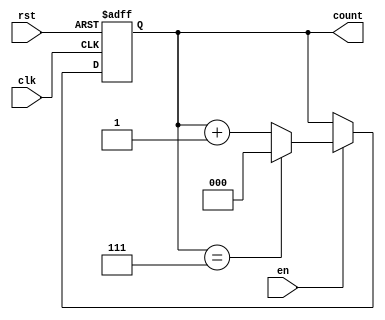
module modulus_counter #(
    parameter N = 8  // Modulus value (must be a power of 2 for simplicity)
)(
    input wire clk,       // Clock signal
    input wire rst,       // Active-high asynchronous reset
    input wire en,        // Count enable signal
    output reg [$clog2(N)-1:0] count = 0  // Counter output
);

// Asynchronous reset and counting behavior
always @(posedge clk or posedge rst) begin
    if (rst) begin
        // Reset the count to 0
        count <= 0;
    end else if (en) begin
        // Increment count when enabled
        if (count == N-1) begin
            count <= 0;  // Reset to zero when modulus is reached
        end else begin
            count <= count + 1;  // Increment count
        end
    end
end

endmodule